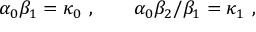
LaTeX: \alpha _ { 0 } \beta _ { 1 } = \kappa _ { 0 } \ , \qquad \alpha _ { 0 } \beta _ { 2 } / \beta _ { 1 } = \kappa _ { 1 } \ ,